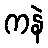
ကနဲ